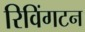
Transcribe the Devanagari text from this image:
रिविंगटन